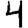
Digit: 4